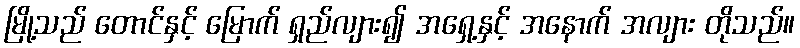
မြို့သည် တောင်နှင့် မြောက် ရှည်လျား၍ အရှေ့နှင့် အနောက် အလျား တိုသည်။